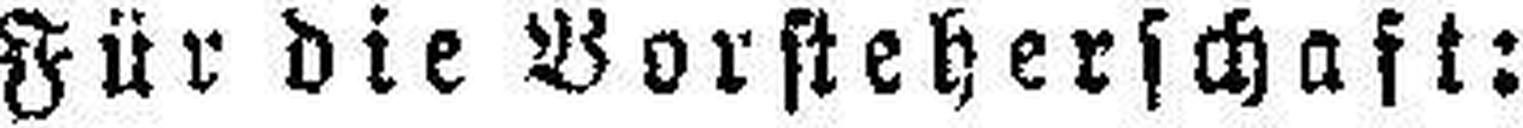
Für die Vorsteherschaft: